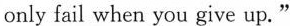
only fail when you give up."